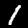
Label: 1